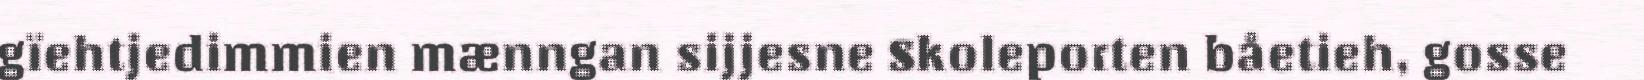
gïehtjedimmien mænngan sijjesne Skoleporten båetieh, gosse